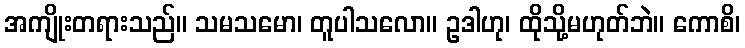
အကျိုးတရားသည်။ သမသမော၊ တူပါသလော။ ဥဒါဟု၊ ထိုသို့မဟုတ်ဘဲ။ ကောစိ၊